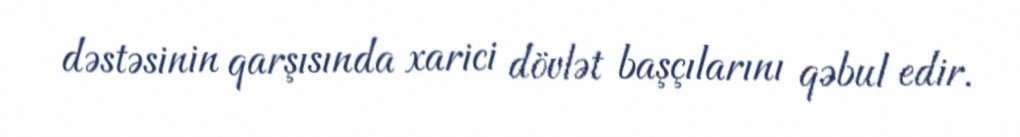
dəstəsinin qarşısında xarici dövlət başçılarını qəbul edir.